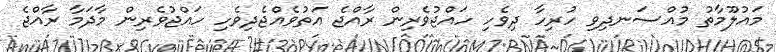
މައުލޫމާތު މުއްސަނދިވި ހުރިހާ ދިވެހި ހައްޖުވެރިން ރާއްޖެ އަތުވެއްޖެދިިވެހި ހައްޖުވެރިން މާދަމާ ރާއްޖެ